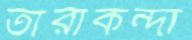
তারাকন্দা